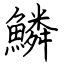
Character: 鱗